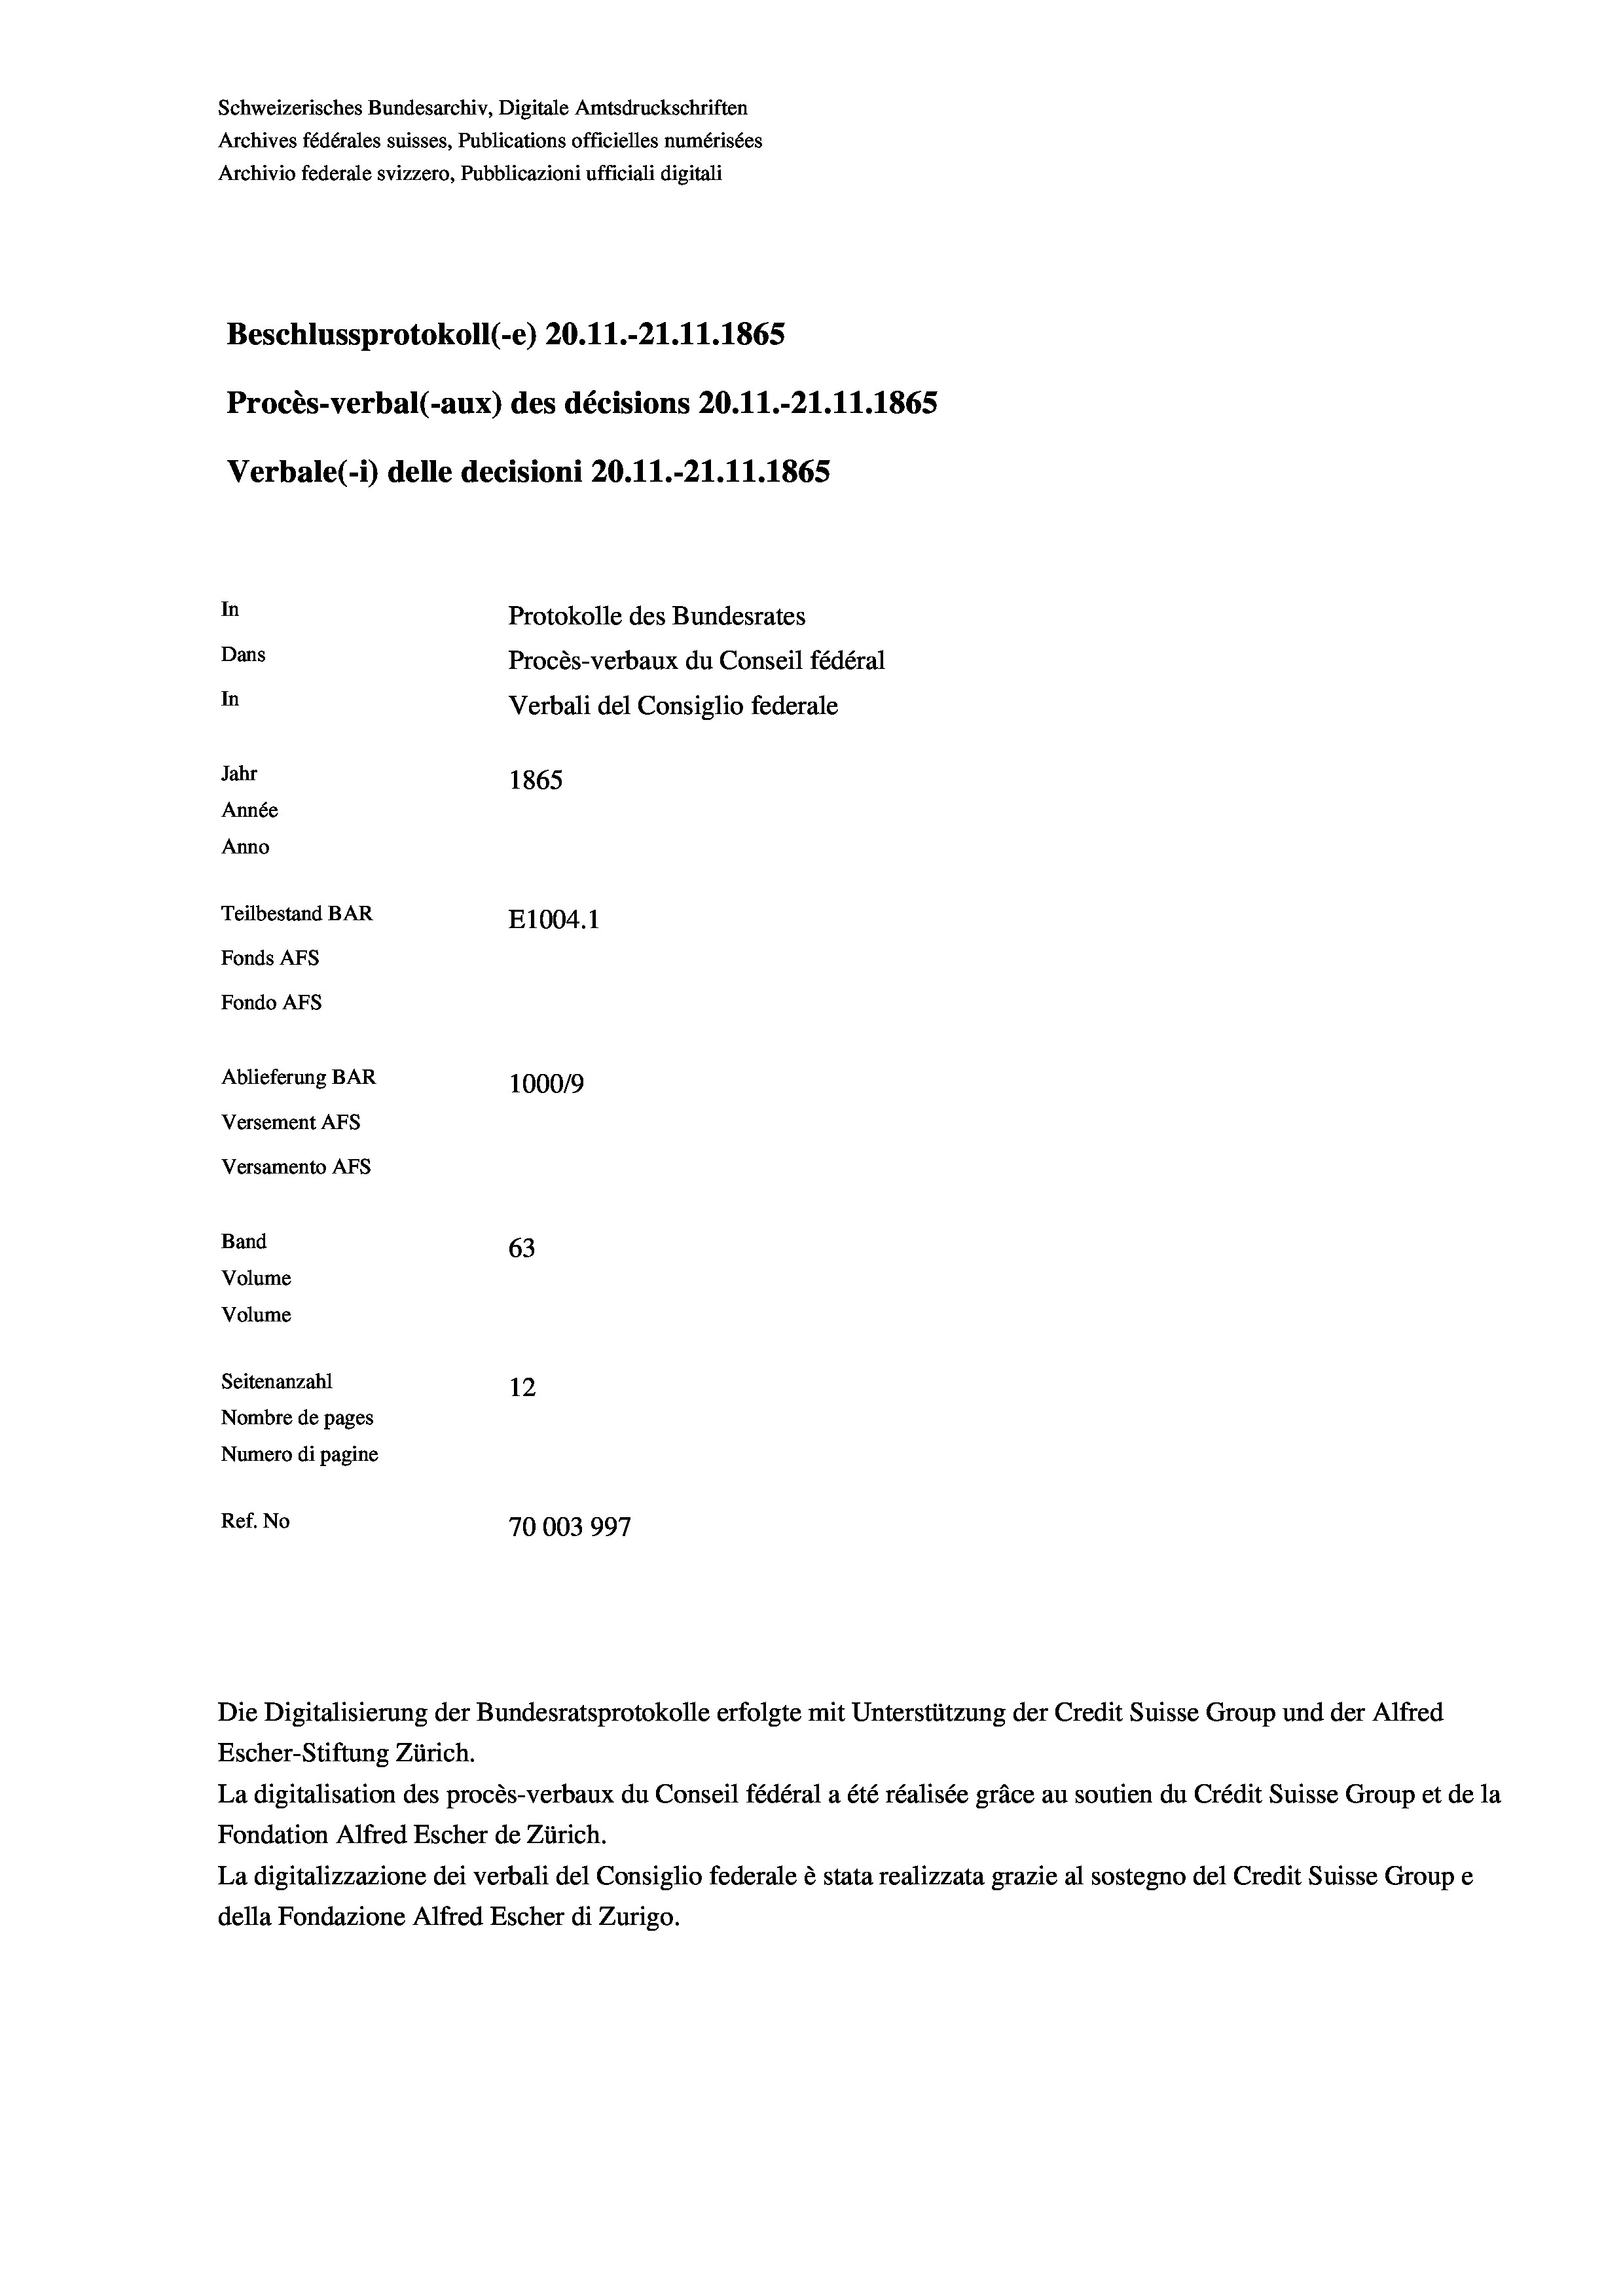
Schweizerisches Bundesarchiv, Digitale Amtsdruckschriften
Archives fédérales suisses, Publications officielles numérisées
Archivio federale svizzero, Pubblicazioni ufficiali digitali
Beschlussprotokoll (-e) 20.11.-21.11.1865
Procès-verbal (-aux) des décisions 20.11.-21.11.1865
Verbale (- 1) delle decisioni 20.11.-21.11.1865
In
Protokolle des Bundesrates
Dans
Procès-verbaux du Conseil fédéral
In
Verbali del Consiglio federale
Jahr
1865
Année
Anno
Teilbestand BAR
E1004.1
Fonds AFs
Fondo AFS
Ablieferung BAR
100019
Versement AFs
Versamento AFs

63
12
Nombre de pages
Numero di pagine
Ref. No
70003997

Band
Volume
Volume
Seitenanzahl

La digitalisation des procès-verbaux du Conseil fédéral a été réalisée gräce au soutien du Crédit Suisse Group et de la
Fondation Alfred Escher de Zürich.
La digitalizzazione dei verbali del Consiglio federale è stata realizzata grazie al sostegno del Credit Suisse Groupe
della Fondazione Alfred Escher di Zurigo.

Die Digitalisierung der Bundesratsprotokolle erfolgte mit Unterstützung der Credit Suisse Group und der Alfred
Escher-Stiftung Zürich.